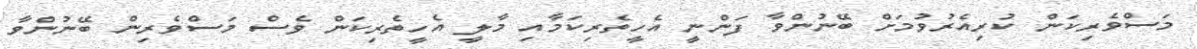
މަސްވެރިކަން ކުރިއެރުވުމަށް ބޭނުންވާ ފަންނީ އެހީތެރިކަމާއި މާލީ އެހީތެރިކަން ވެސް މަސްވެރިން ބޭނުންވާ